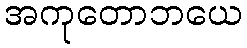
အကုတောဘယေ